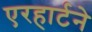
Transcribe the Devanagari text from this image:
एरहार्टने